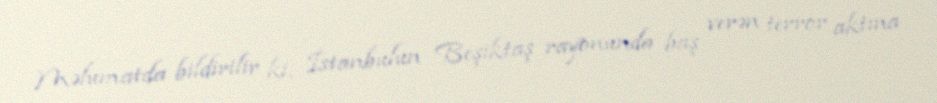
Məlumatda bildirilir ki, İstanbulun Beşiktaş rayonunda baş verən terror aktına